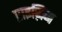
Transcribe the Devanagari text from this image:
प्राइज़िंग